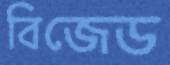
বিজেড